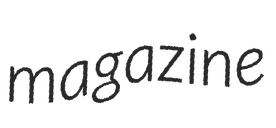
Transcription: magazine